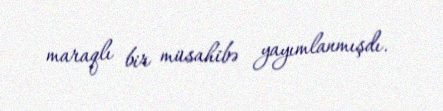
maraqlı bir müsahibə yayımlanmışdı.